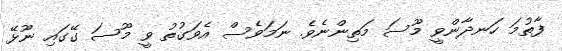
ފާތުމަ ހަނދާންވީ މޫސަ މަތިންނެވެ. ނަމަވެސް އެވަގުތު ވީ މޫސަ ގޭގައި ނޫޅޭ